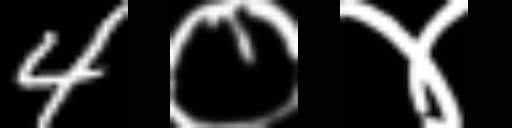
Text: 4०४